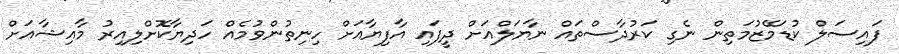
ފައިސަލް ކުޑަމޭޒުމަތިން ނެގި ކަރުދާސްތައް ނާޔަލްއަށް ދީފައި އާފިޔާއަށް ހިނިތުންވުމެއް ހަދިޔާކޮށްލިއިރު މާއިޝާއަށް